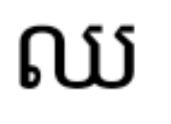
ឈ